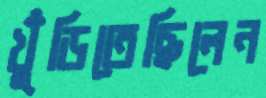
খুঁড়িতেছিলেন